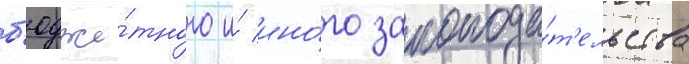
б'юдже́тного и́ ино́го законода́т'ельства